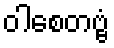
ဝါစေတဗ္ဗံ